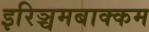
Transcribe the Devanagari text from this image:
इरिञ्चमबाक्कम